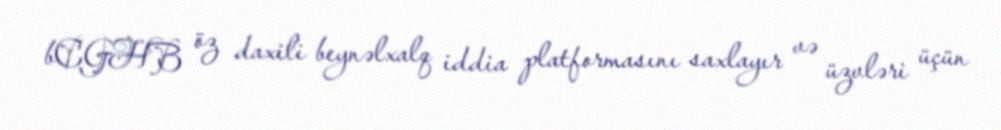
bCGHB öz daxili beynəlxalq iddia platformasını saxlayır və üzvləri üçün